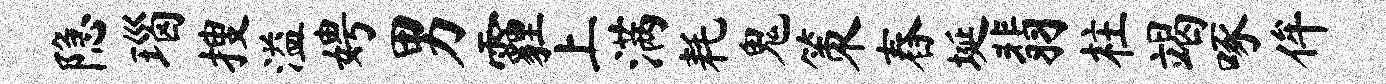
隐瑙搜溢娉男霾上满耗鬼策舂埏翡柱竭啄侔